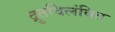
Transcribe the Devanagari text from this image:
द्रुतविलंबित